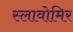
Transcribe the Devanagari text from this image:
स्लावोमिर